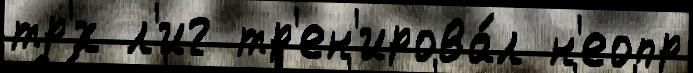
тр'́х л'иг тр'ен'ирова́л н'еопр